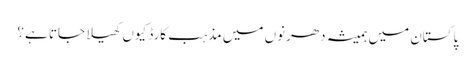
پاکستان میں ہمیشہ دھرنوں میں مذہب کارڈ کیوں کھیلا جاتا ہے؟